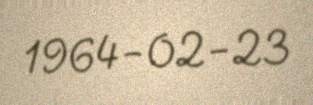
1964-02-23